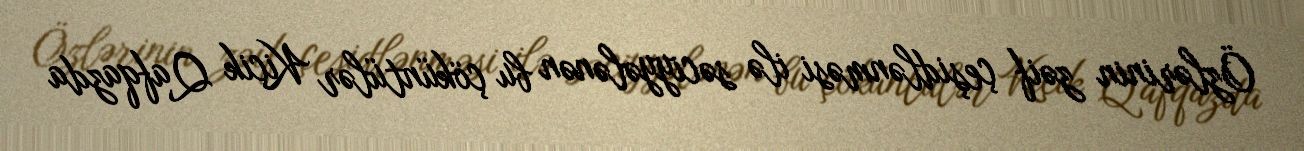
Özlərinin zəif çeşidlənməsi ilə səciyyələnən bu çöküntülər Kiçik Qafqazda